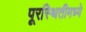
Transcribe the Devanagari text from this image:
पूरस्थितीमध्ये